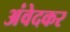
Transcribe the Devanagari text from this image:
अंवेदकर